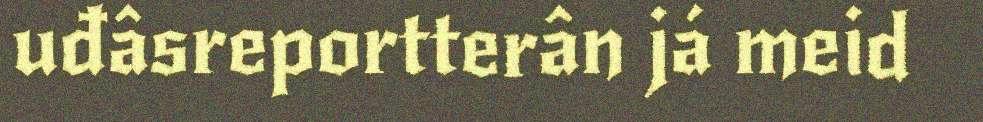
uđâsreportterân já meid